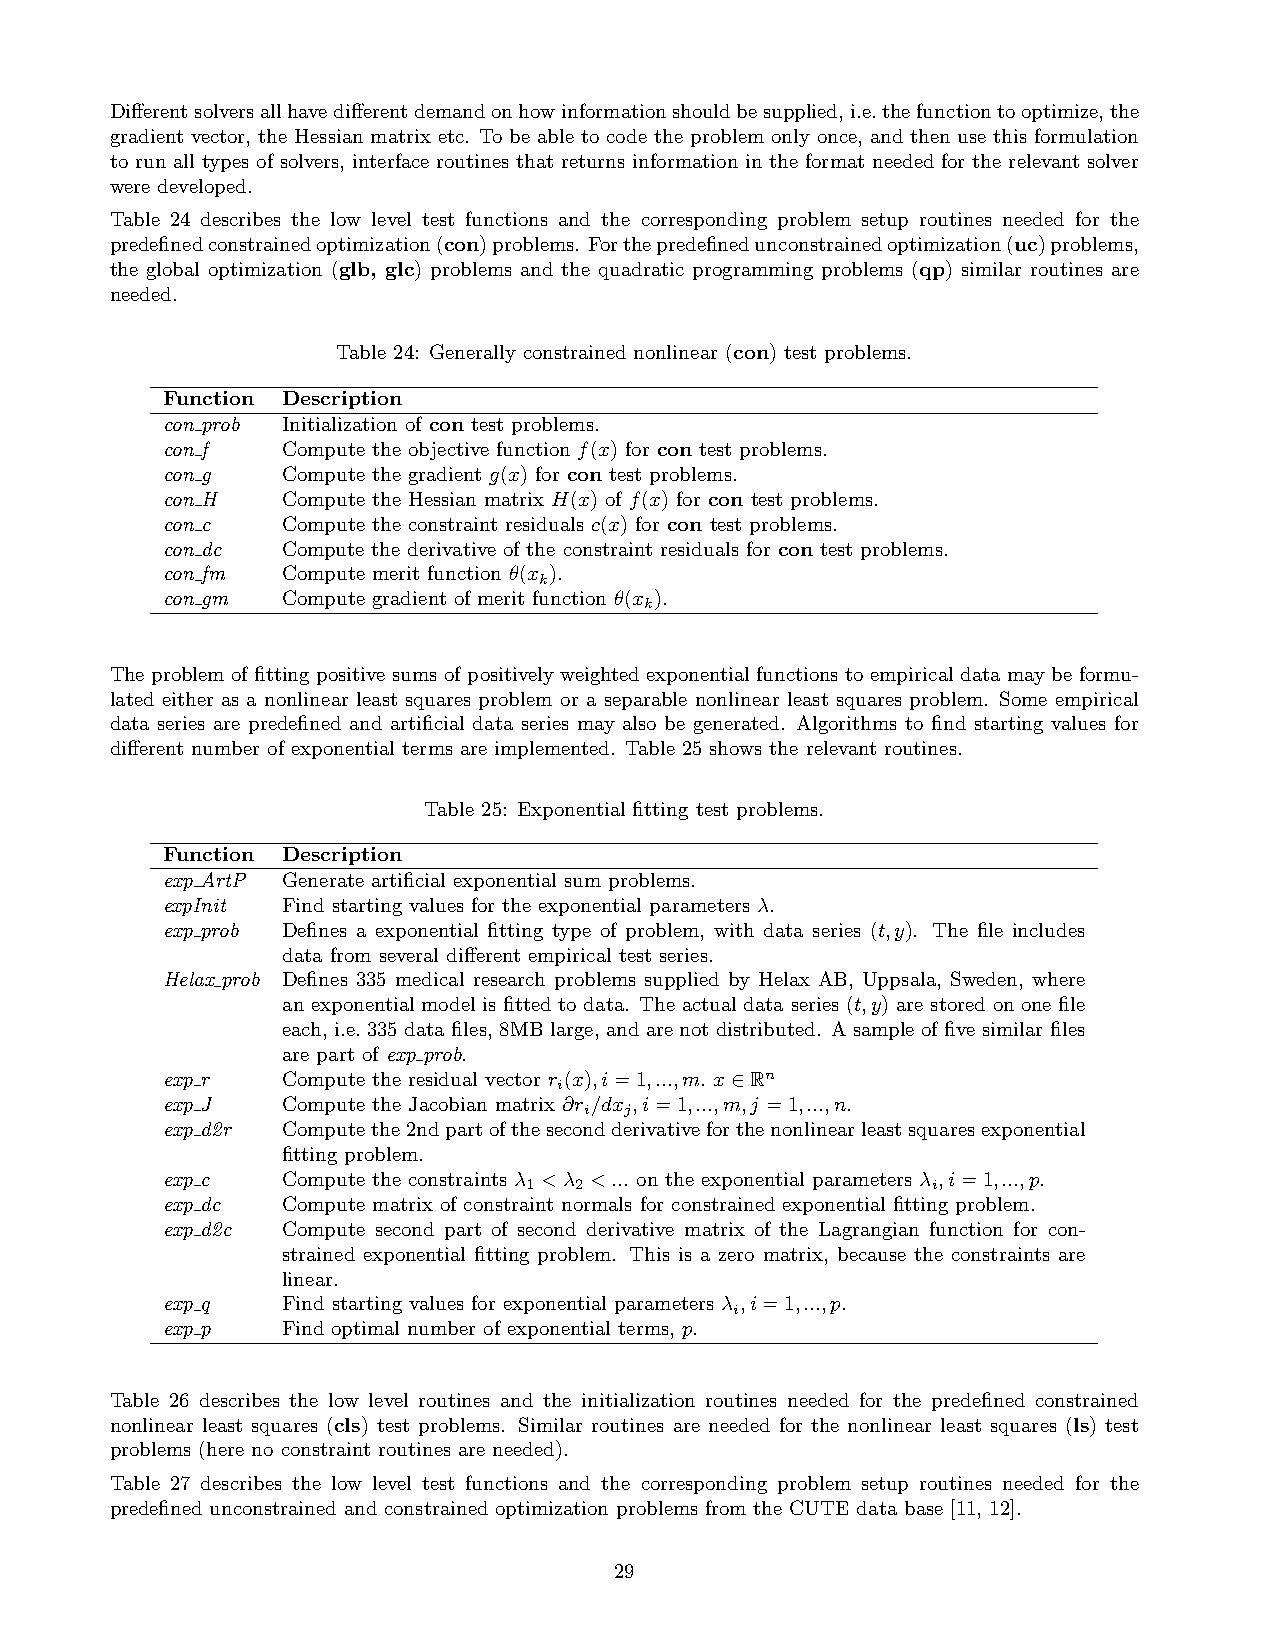
Differentsolversallhavedifferentdemandonhowinformationshouldbesupplied,i.e.thefunctiontooptimize,the
 gradient vector, the Hessian matrix etc. To be able to code the problem only once, and then use this formulation
 to run all types of solvers, interface routines that returns information in the format needed for the relevant solver
 were developed.
 Table 24 describes the low level test functions and the corresponding problem setup routines needed for the
 predefinedconstrainedoptimization(con)problems. Forthepredefinedunconstrainedoptimization(uc)problems,
 the global optimization (glb, glc) problems and the quadratic programming problems (qp) similar routines are
 needed.
 Table 24: Generally constrained nonlinear (con) test problems.
 Function Description
 con prob Initialization of con test problems.
 con f   Compute the objective function f(x) for con test problems.
 con g   Compute the gradient g(x) for con test problems.
 con H   Compute the Hessian matrix H(x) of f(x) for con test problems.
 con c   Compute the constraint residuals c(x) for con test problems.
 con dc  Compute the derivative of the constraint residuals for con test problems.
 con fm  Compute merit function θ(x ).
 k
 con gm  Compute gradient of merit function θ(x ).
 k
 The problem of fitting positive sums of positively weighted exponential functions to empirical data may be formu-
 lated either as a nonlinear least squares problem or a separable nonlinear least squares problem. Some empirical
 data series are predefined and artificial data series may also be generated. Algorithms to find starting values for
 different number of exponential terms are implemented. Table 25 shows the relevant routines.
 Table 25: Exponential fitting test problems.
 Function Description
 exp ArtP Generate artificial exponential sum problems.
 expInit Find starting values for the exponential parameters λ.
 exp prob Defines a exponential fitting type of problem, with data series (t,y). The file includes
 data from several different empirical test series.
 Helax prob Defines 335 medical research problems supplied by Helax AB, Uppsala, Sweden, where
 an exponential model is fitted to data. The actual data series (t,y) are stored on one file
 each, i.e. 335 data files, 8MB large, and are not distributed. A sample of five similar files
 are part of exp prob.
 exp r   Compute the residual vector r (x),i=1,...,m. x∈Rn
 i
 exp J   Compute the Jacobian matrix ∂r /dx ,i=1,...,m,j =1,...,n.
 i j
 exp d2r Computethe2ndpartofthesecondderivativeforthenonlinearleastsquaresexponential
 fitting problem.
 exp c   Compute the constraints λ1 <λ2 <... on the exponential parameters λ i,i=1,...,p.
 exp dc  Compute matrix of constraint normals for constrained exponential fitting problem.
 exp d2c Compute second part of second derivative matrix of the Lagrangian function for con-
 strained exponential fitting problem. This is a zero matrix, because the constraints are
 linear.
 exp q   Find starting values for exponential parameters λ ,i=1,...,p.
 i
 exp p   Find optimal number of exponential terms, p.
 Table 26 describes the low level routines and the initialization routines needed for the predefined constrained
 nonlinear least squares (cls) test problems. Similar routines are needed for the nonlinear least squares (ls) test
 problems (here no constraint routines are needed).
 Table 27 describes the low level test functions and the corresponding problem setup routines needed for the
 predefined unconstrained and constrained optimization problems from the CUTE data base [11, 12].
 29